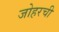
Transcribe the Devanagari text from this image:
जोहरची